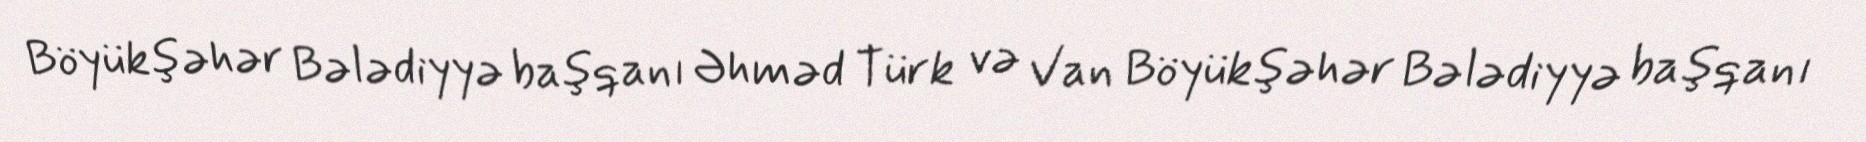
Böyükşəhər Bələdiyyə başqanı Əhməd Türk və Van Böyükşəhər Bələdiyyə başqanı